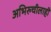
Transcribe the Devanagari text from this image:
अभिरुचीलाही